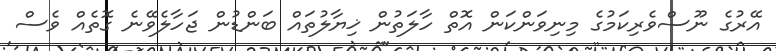
އޭރުގެ ނޫސްވެރިކަމުގެ މިނިވަންކަން އޮތް ހާލަތުން ޚިޔާލުތައް ބަންޑުން ޖަހާލެވޭނެ ގޮތެއް ވެސް